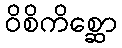
ဝိစိကိစ္ဆော